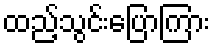
ထည့်သွင်းပြောကြား